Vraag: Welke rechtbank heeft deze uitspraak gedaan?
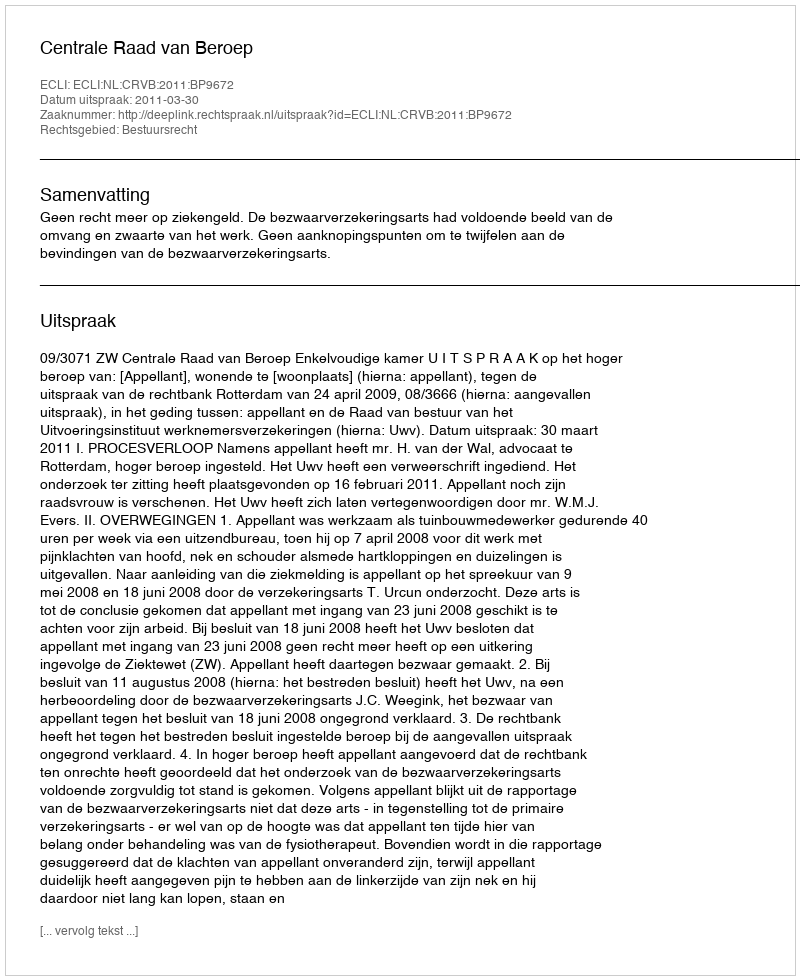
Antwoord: Centrale Raad van Beroep